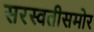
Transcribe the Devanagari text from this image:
सरस्वतीसमोर